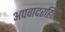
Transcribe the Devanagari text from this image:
अपवादरहित